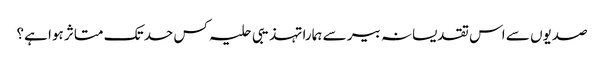
صدیوں سے اس تقدیسانہ بیر سے ہمارا تہذیبی حلیہ کس حد تک متاثر ہوا ہے؟